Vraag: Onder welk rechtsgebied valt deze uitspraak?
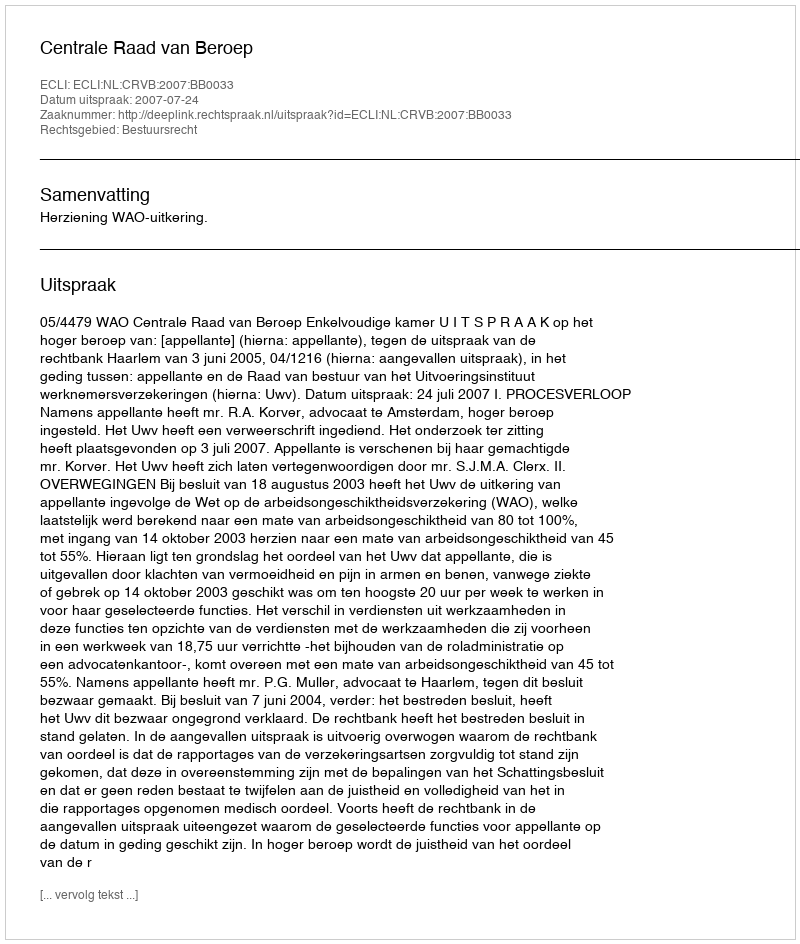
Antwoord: Bestuursrecht